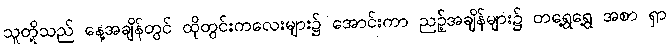
သူတို့သည် နေ့အချိန်တွင် ထိုတွင်းကလေးများ၌ အောင်းကာ ညဉ့်အချိန်များ၌ တရွေ့ရွေ့ အစာ ရှာ